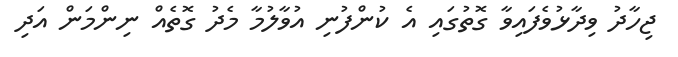
ޖިހާދު ވިދާޅުވެފައިވާ ގޮތުގައި އެ ކުންފުނި އުވާލުމާ މެދު ގޮތެއް ނިންމަން އަދި